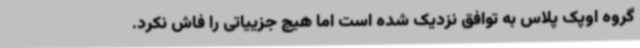
گروه اوپک پلاس به توافق نزدیک شده است اما هیچ جزییاتی را فاش نکرد.